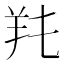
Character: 𦍓